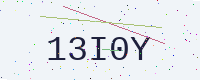
Text: 13I0Y